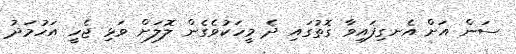
ސަން އަށް އެނގިފައިވާ ގޮތުގައި ދެ މީހަކުވެގެން ލޮލަށް ވަޅި ޖެހީ އަހުމަދު